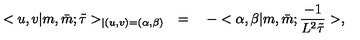
< u , v | m , \bar { m } ; \tilde { \tau } > _ { | ( u , v ) = ( \alpha , \beta ) } \quad = \quad - < \alpha , \beta | m , \bar { m } ; \frac { - 1 } { L ^ { 2 } \tilde { \tau } } > ,